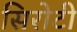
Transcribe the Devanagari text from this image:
सिरोटी